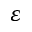
\varepsilon